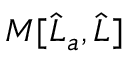
M [ \widehat { L } _ { a } , \widehat { L } ]